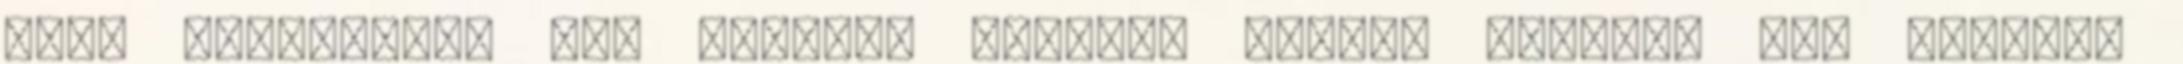
hogy keddenként itt karaoke szokott lenni. Szólalt meg először